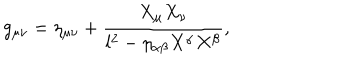
g _ { \mu \nu } = \eta _ { \mu \nu } + \frac { X _ { \mu } X _ { \nu } } { l ^ { 2 } - \eta _ { \alpha \beta } X ^ { \alpha } X ^ { \beta } } ,